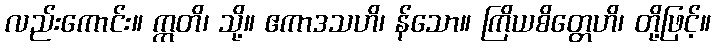
လည်းကောင်း။ ဣတိ၊ သို့။ ဧကာဒသဟိ၊ န်သော။ ကြိယစိတ္တေဟိ၊ တို့ဖြင့်။